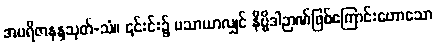
အပရိဇာနန္ဒသုတ်-သံ။ ၎င်းင်း၌ မသာယာလျှင် နိဗ္ဗိဒါဉာဏ်ဖြစ်ကြောင်းဟောသော